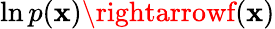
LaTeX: \ln{p(\mathbf{x})}\rightarrowf(\mathbf{x})